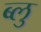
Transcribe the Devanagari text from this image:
ब्‍लु